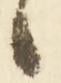
候